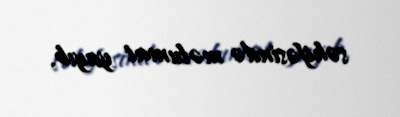
səhifəsində məlumat yayıb.